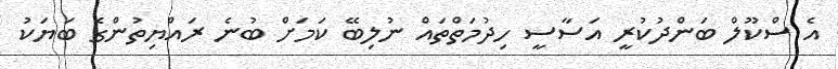
އެ ސްކޫލް ބަންދުކުރީ އަސާސީ ހިދުމަތްތައް ނުލިބޭ ކަމަށް ބުނެ ރައްޔިތުންގެ ބަޔަކު